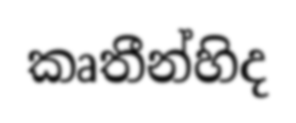
කෘතීන්හිද